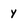
Character: y